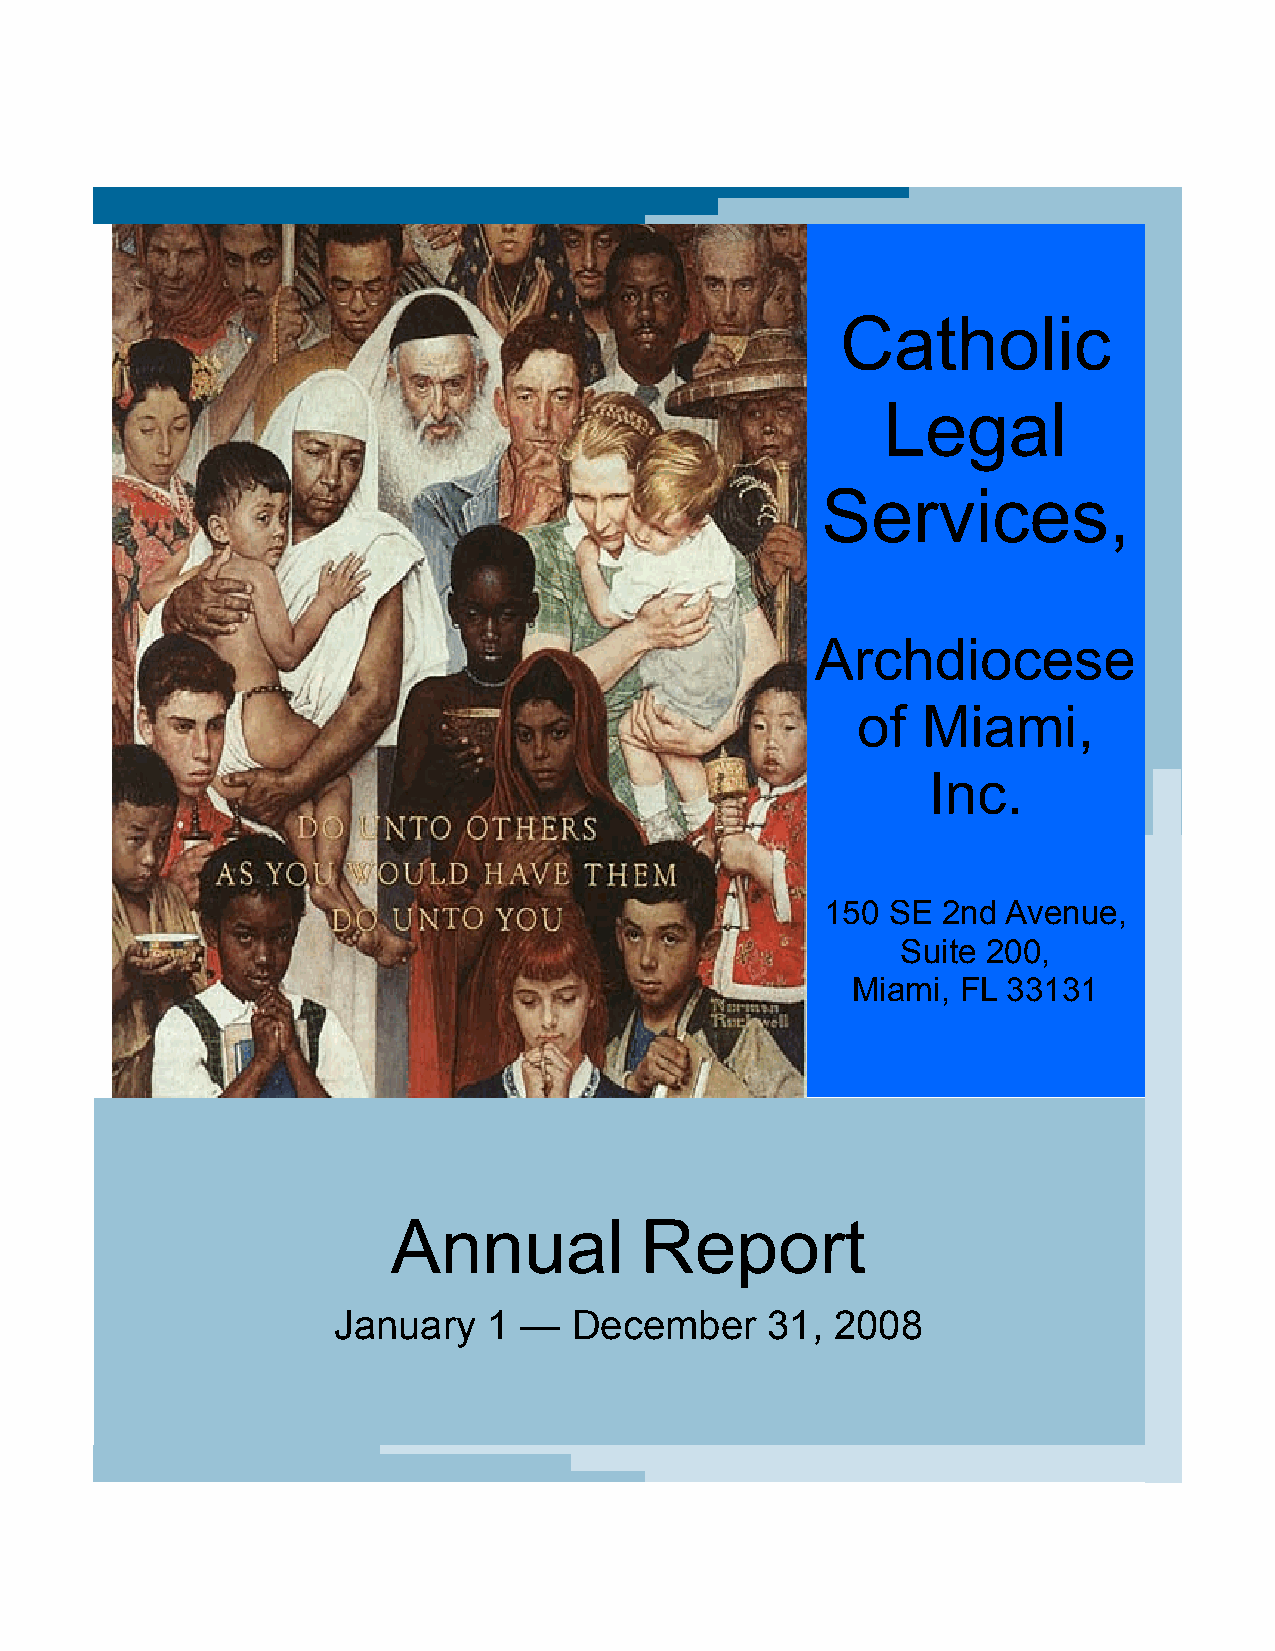
Catholic
 Legal
 Services,
 Archdiocese
 of  Miami,
 Inc.
 150 SE 2nd  Avenue,
 Suite 200,
 Miami,  FL 33131
 Annual          Report
 January   1 —   December     31, 2008